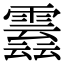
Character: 𩅣